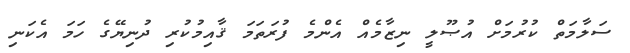
ސަލާމަތް ކުރުމަށް އުޞޫލީ ނިޒާމެއް އެންމެ ފުރަތަމަ ޤާއިމުކުރި ދުނިޔޭގެ ހަމަ އެކަނި